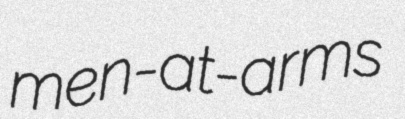
men-at-arms